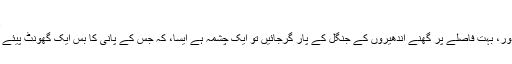
ڈاکٹر منیر رئیسانی
سُنا ہے دور،بہت دور، بہت فاصلے پر گھنے اندھیروں کے جنگل کے پار گرجائیں تو ایک چشمہ ہے ایسا، کہ جس کے پانی کا بس ایک گھونٹ پیئے جو امر وہ ہوجائے۔